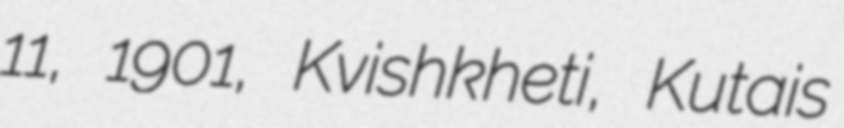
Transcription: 11, 1901, Kvishkheti, Kutais